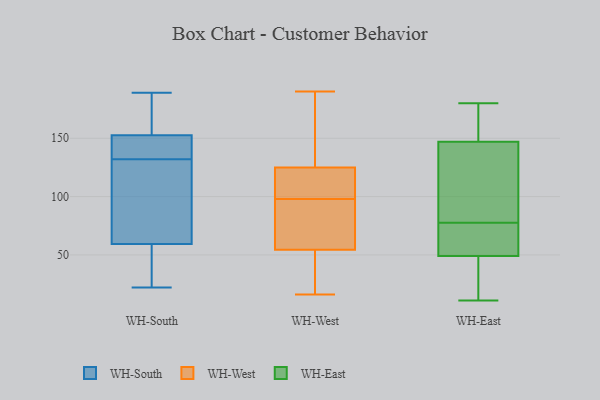
{"axis": {"x": "Energy Usage (MWh)", "y": "Value"}, "legend": ["WH-East", "WH-South", "WH-West"], "data": [{"x": "", "y": 62, "type": "WH-South"}, {"x": "", "y": 75, "type": "WH-South"}, {"x": "", "y": 38, "type": "WH-South"}, {"x": "", "y": 51, "type": "WH-South"}, {"x": "", "y": 132, "type": "WH-South"}, {"x": "", "y": 189, "type": "WH-South"}, {"x": "", "y": 175, "type": "WH-South"}, {"x": "", "y": 152, "type": "WH-South"}, {"x": "", "y": 137, "type": "WH-South"}, {"x": "", "y": 99, "type": "WH-South"}, {"x": "", "y": 22, "type": "WH-South"}, {"x": "", "y": 138, "type": "WH-South"}, {"x": "", "y": 39, "type": "WH-South"}, {"x": "", "y": 135, "type": "WH-South"}, {"x": "", "y": 125, "type": "WH-South"}, {"x": "", "y": 172, "type": "WH-South"}, {"x": "", "y": 154, "type": "WH-South"}, {"x": "", "y": 99, "type": "WH-West"}, {"x": "", "y": 46, "type": "WH-West"}, {"x": "", "y": 114, "type": "WH-West"}, {"x": "", "y": 190, "type": "WH-West"}, {"x": "", "y": 178, "type": "WH-West"}, {"x": "", "y": 20, "type": "WH-West"}, {"x": "", "y": 127, "type": "WH-West"}, {"x": "", "y": 16, "type": "WH-West"}, {"x": "", "y": 79, "type": "WH-West"}, {"x": "", "y": 97, "type": "WH-West"}, {"x": "", "y": 123, "type": "WH-West"}, {"x": "", "y": 63, "type": "WH-West"}, {"x": "", "y": 73, "type": "WH-East"}, {"x": "", "y": 31, "type": "WH-East"}, {"x": "", "y": 11, "type": "WH-East"}, {"x": "", "y": 96, "type": "WH-East"}, {"x": "", "y": 180, "type": "WH-East"}, {"x": "", "y": 147, "type": "WH-East"}, {"x": "", "y": 82, "type": "WH-East"}, {"x": "", "y": 49, "type": "WH-East"}, {"x": "", "y": 73, "type": "WH-East"}, {"x": "", "y": 175, "type": "WH-East"}]}